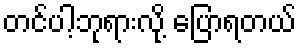
တင်ပါ့ဘုရားလို့ ပြောရတယ်